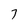
Character: 7